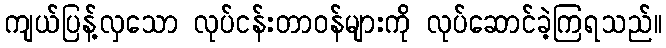
ကျယ်ပြန့်လှသော လုပ်ငန်းတာဝန်များကို လုပ်ဆောင်ခဲ့ကြရသည်။